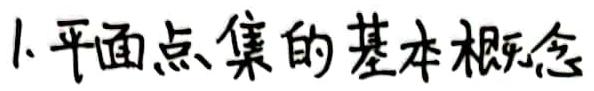
1. 平面点集的基本概念